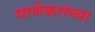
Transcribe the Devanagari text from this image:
घाणेकरांच्या